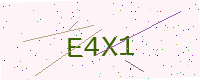
Text: E4X1